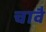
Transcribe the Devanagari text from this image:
चावै